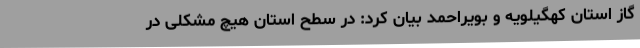
گاز استان کهگیلویه و بویراحمد بیان کرد: در سطح استان هیچ مشکلی در